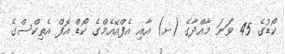
ކޯޑުގެ 45 ވަނަ މާއްދާގެ (ށ) އާއި އެފްއޭއެމްގެ ކޯޑް އޮފް އެތިކްސްގެ